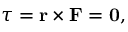
{ \boldsymbol { \tau } } = \mathbf { r } \times \mathbf { F } = \mathbf { 0 } ,